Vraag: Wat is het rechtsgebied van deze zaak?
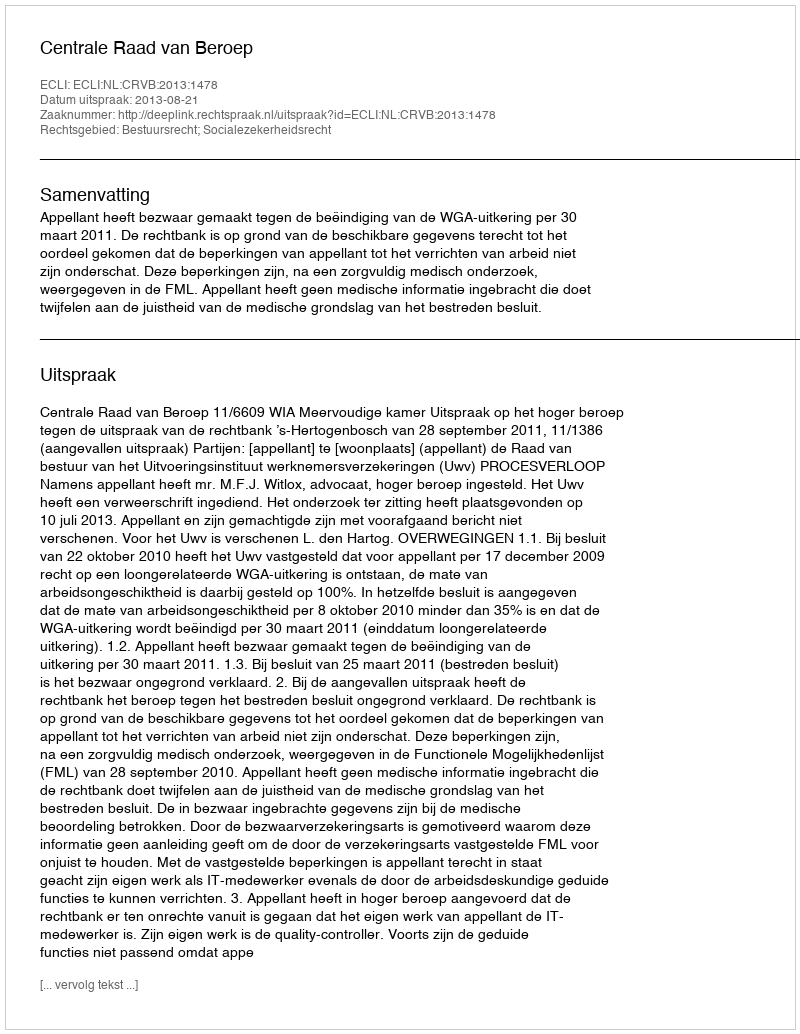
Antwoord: Bestuursrecht; Socialezekerheidsrecht